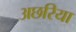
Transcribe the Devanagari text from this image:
अछरिया